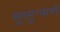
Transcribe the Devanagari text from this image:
चूरमुऱ्याची